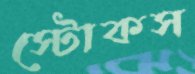
স্টোকস